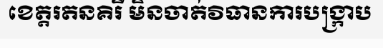
ខេត្តរតនគិរី មិនចាត់វិធានការបង្ក្រាប